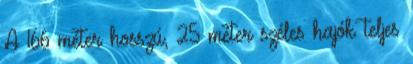
A 166 méter hosszú, 25 méter széles hajók teljes